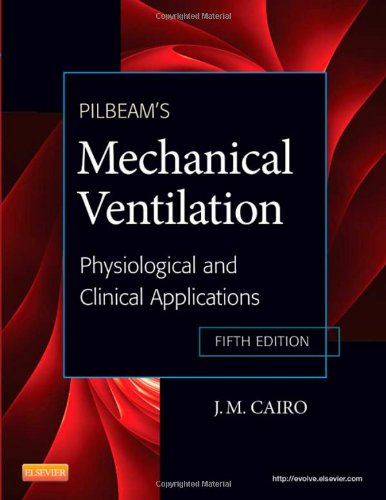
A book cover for Pilbeam's Mechanical Ventilation: Physiological and Clinical Applications, 5e; J M Cairo PhD  RRT; Medical Books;